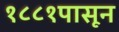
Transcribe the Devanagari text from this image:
१८८१पासून